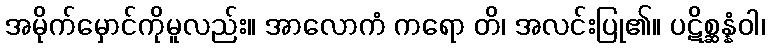
အမိုက်မှောင်ကိုမူလည်း။ အာလောကံ ကရော တိ၊ အလင်းပြု၏။ ပဋိစ္ဆန္နံဝါ၊